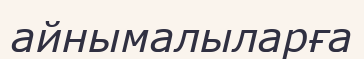
айнымалыларға